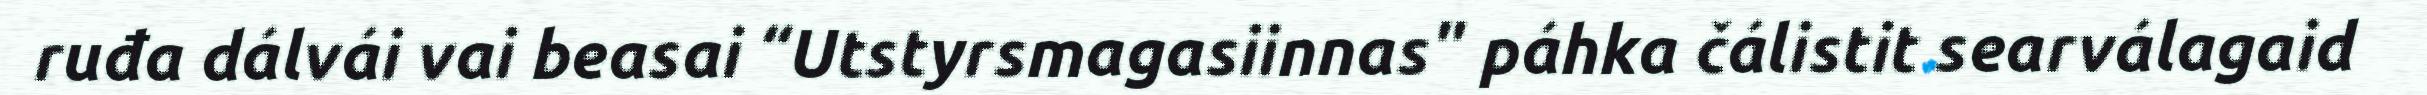
ruđa dálvái vai beasai “Utstyrsmagasiinnas" páhka čálistit searválagaid